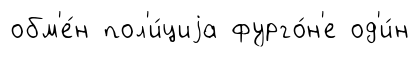
обм'е́н пол'и́циjа фурго́н'е од'и́н